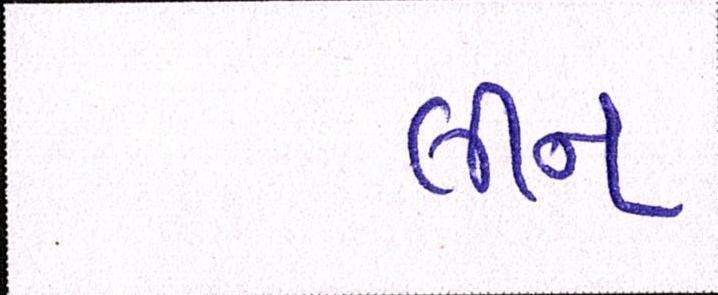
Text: લીન